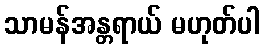
သာမန်အန္တရာယ် မဟုတ်ပါ